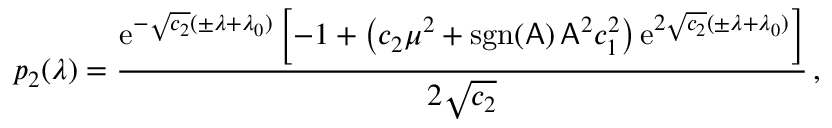
p _ { 2 } ( \lambda ) = \frac { \mathrm { e } ^ { - \sqrt { c _ { 2 } } ( \pm \lambda + \lambda _ { 0 } ) } \left[ - 1 + \left( c _ { 2 } \mu ^ { 2 } + \mathrm { s g n } ( \mathsf { A } ) \, \mathsf { A } ^ { 2 } c _ { 1 } ^ { 2 } \right) \mathrm { e } ^ { 2 \sqrt { c _ { 2 } } ( \pm \lambda + \lambda _ { 0 } ) } \right] } { 2 \sqrt { c _ { 2 } } } \, ,